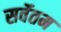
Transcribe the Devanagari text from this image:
सर्वेतम